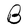
Character: B